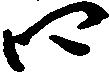
四